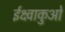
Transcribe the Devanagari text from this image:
ईक्ष्वाकुओं